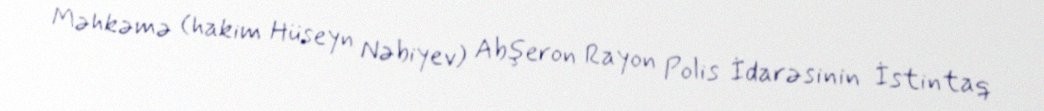
Məhkəmə (hakim Hüseyn Nəbiyev) Abşeron Rayon Polis İdarəsinin İstintaq